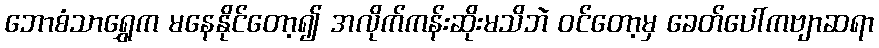
ဘောစံသာရွှေက မနေနိုင်တော့၍ အလိုက်ကန်းဆိုးမသိဘဲ ဝင်တော့မှ ခေတ်ပေါ်ကဗျာဆရာ